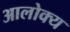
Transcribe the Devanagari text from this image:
आलोक्य